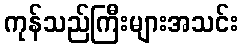
ကုန်သည်ကြီးများအသင်း